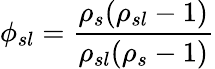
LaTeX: \phi_{sl}={\frac{\rho_{s}(\rho_{sl}-1)}{\rho_{sl}(\rho_{s}-1)}}